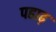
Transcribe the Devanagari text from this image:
पहाढ़